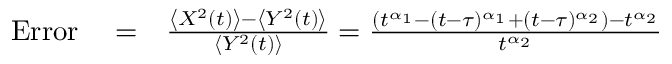
\begin{array} { r l r } { \mathrm { E r r o r } } & { { } = } & { \frac { \left< X ^ { 2 } ( t ) \right> - \left< Y ^ { 2 } ( t ) \right> } { \left< Y ^ { 2 } ( t ) \right> } = \frac { \left( t ^ { \alpha _ { 1 } } - ( t - \tau ) ^ { \alpha _ { 1 } } + ( t - \tau ) ^ { \alpha _ { 2 } } \right) - t ^ { \alpha _ { 2 } } } { t ^ { \alpha _ { 2 } } } } \end{array}